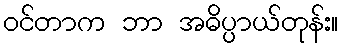
ဝင်တာက ဘာ အဓိပ္ပာယ်တုန်း။